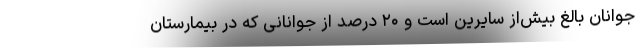
جوانان بالغ بیش‌از سایرین است و ۲۰ درصد از جوانانی که در بیمارستان